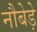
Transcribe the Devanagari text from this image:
नौबेड़े